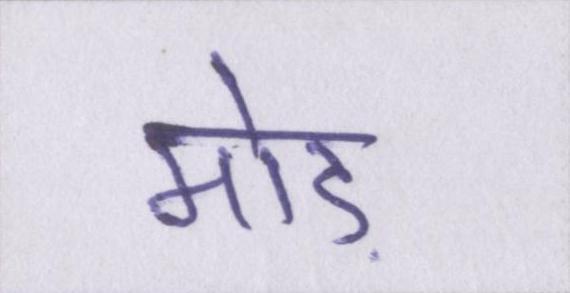
मोड़